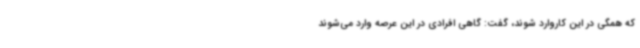
که همگی در این کاروارد شوند، گفت: گاهی افرادی در این عرصه وارد می‌شوند